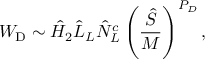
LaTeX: W _ { \mathrm { D } } \sim \hat { H } _ { 2 } \hat { L } _ { L } \hat { N } _ { L } ^ { c } \left( { \frac { \hat { S } } { \cal M } } \right) ^ { P _ { D } } ,